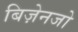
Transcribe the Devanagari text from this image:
बिज़ेनजो